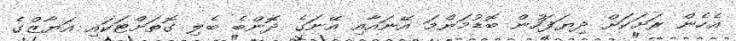
އެހެން ރަށަކަށް ދިޔަފަހުން ބޮޑުމަންމަ އޭނައާއި އޭނަގެ ދޮންބެ ބެލި ގޮތަށްޓަކައި އަޔާޒްގެ